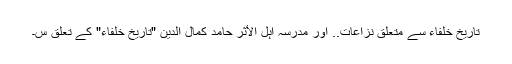
تاریخِ خلفاء سے متعلق نزاعات.. اور مدرسہ اہل الأثر حامد کمال الدین "تاریخِ خلفاء" کے تعلق س۔